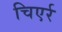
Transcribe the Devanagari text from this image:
चिएर्र